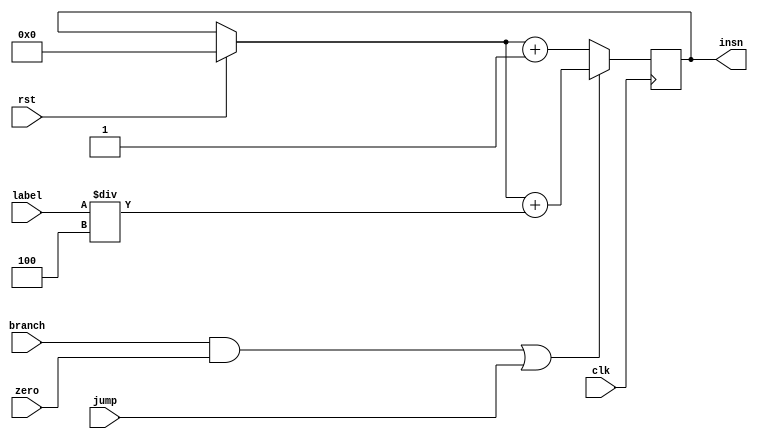
module pc(clk,insn,branch,label,rst,jump,zero);
    input clk,branch,jump,zero,rst;
    input [12:0]label;
    output reg[31:0]insn;

    always@(posedge clk)
    begin
        if(rst)
            insn = 0;
        if((branch && zero)||jump)
            insn = insn + label/4;
        else    
            insn = insn + 1; 
    end
endmodule